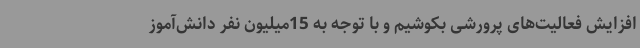
افزایش فعالیت‌های پرورشی بکوشیم و با توجه به 15میلیون نفر دانش‌آموز